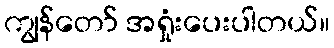
ကျွန်တော် အရှုံးပေးပါတယ်။